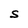
Character: S